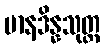
မာနဒိန္နသုတ္တ